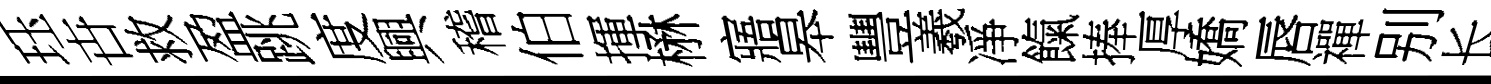
珏卋救盈跳度興稽伯揮楙寤皋豐羲凈餼捧厚嬌唇禪别长